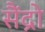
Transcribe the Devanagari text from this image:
सैंद्रो